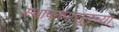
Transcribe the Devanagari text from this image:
स्थापनेपासूनच्या